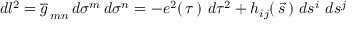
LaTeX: d l ^ { 2 } = \overline { { g } } _ { \, m n } \, d \sigma ^ { m } \, d \sigma ^ { n } = - e ^ { 2 } ( \, \tau \, ) \, \, d \tau ^ { 2 } + h _ { i j } ( \, \vec { s } \, ) \, \, d s ^ { i } \, \, d s ^ { j }